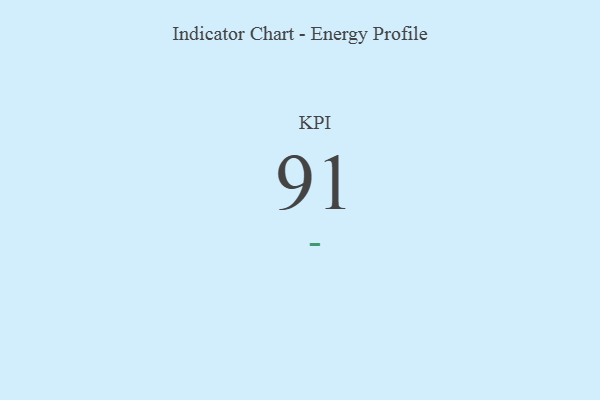
{"axis": {"x": "KPI", "y": "Value"}, "legend": [""], "data": [{"x": "KPI", "y": 91, "type": ""}]}